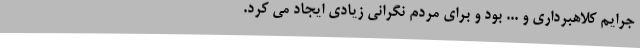
جرایم کلاهبرداری و ... بود و برای مردم نگرانی زیادی ایجاد می کرد.